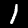
Label: 1